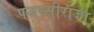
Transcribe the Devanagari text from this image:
पजस्सीराजा